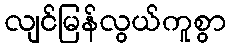
လျင်မြန်လွယ်ကူစွာ